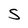
Character: S